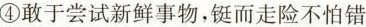
④敢于尝试新鲜事物，铤而走险不怕错